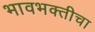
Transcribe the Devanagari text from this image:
भावभक्तीचा